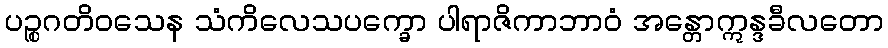
ပဉ္စဂတိဝသေန သံကိလေသပက္ခော ပါရာဇိကာဘာဝံ အန္တောဣန္ဒခီလတော